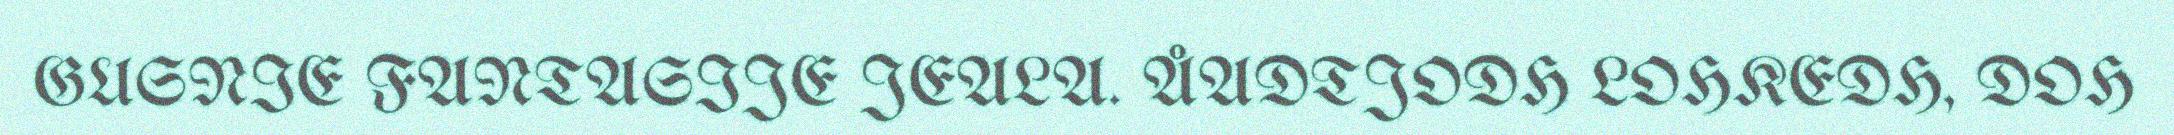
GUSNIE FANTASIJE JEALA. ÅADTJODH LOHKEDH, DOH